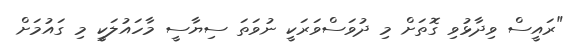
"ރައީސް ވިދާޅުވި ގޮތަށް މި ދުވަސްވަރަކީ ނުވަތަ ސިޔާސީ މާހައުލަކީ މި ގައުމަށް